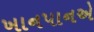
ખાનપાનએ